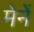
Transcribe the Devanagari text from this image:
मेनें